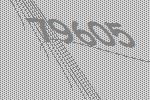
79605